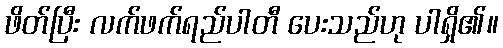
ဖိတ်ပြီး လက်ဖက်ရည်ပါတီ ပေးသည်ဟု ပါရှိ၏။